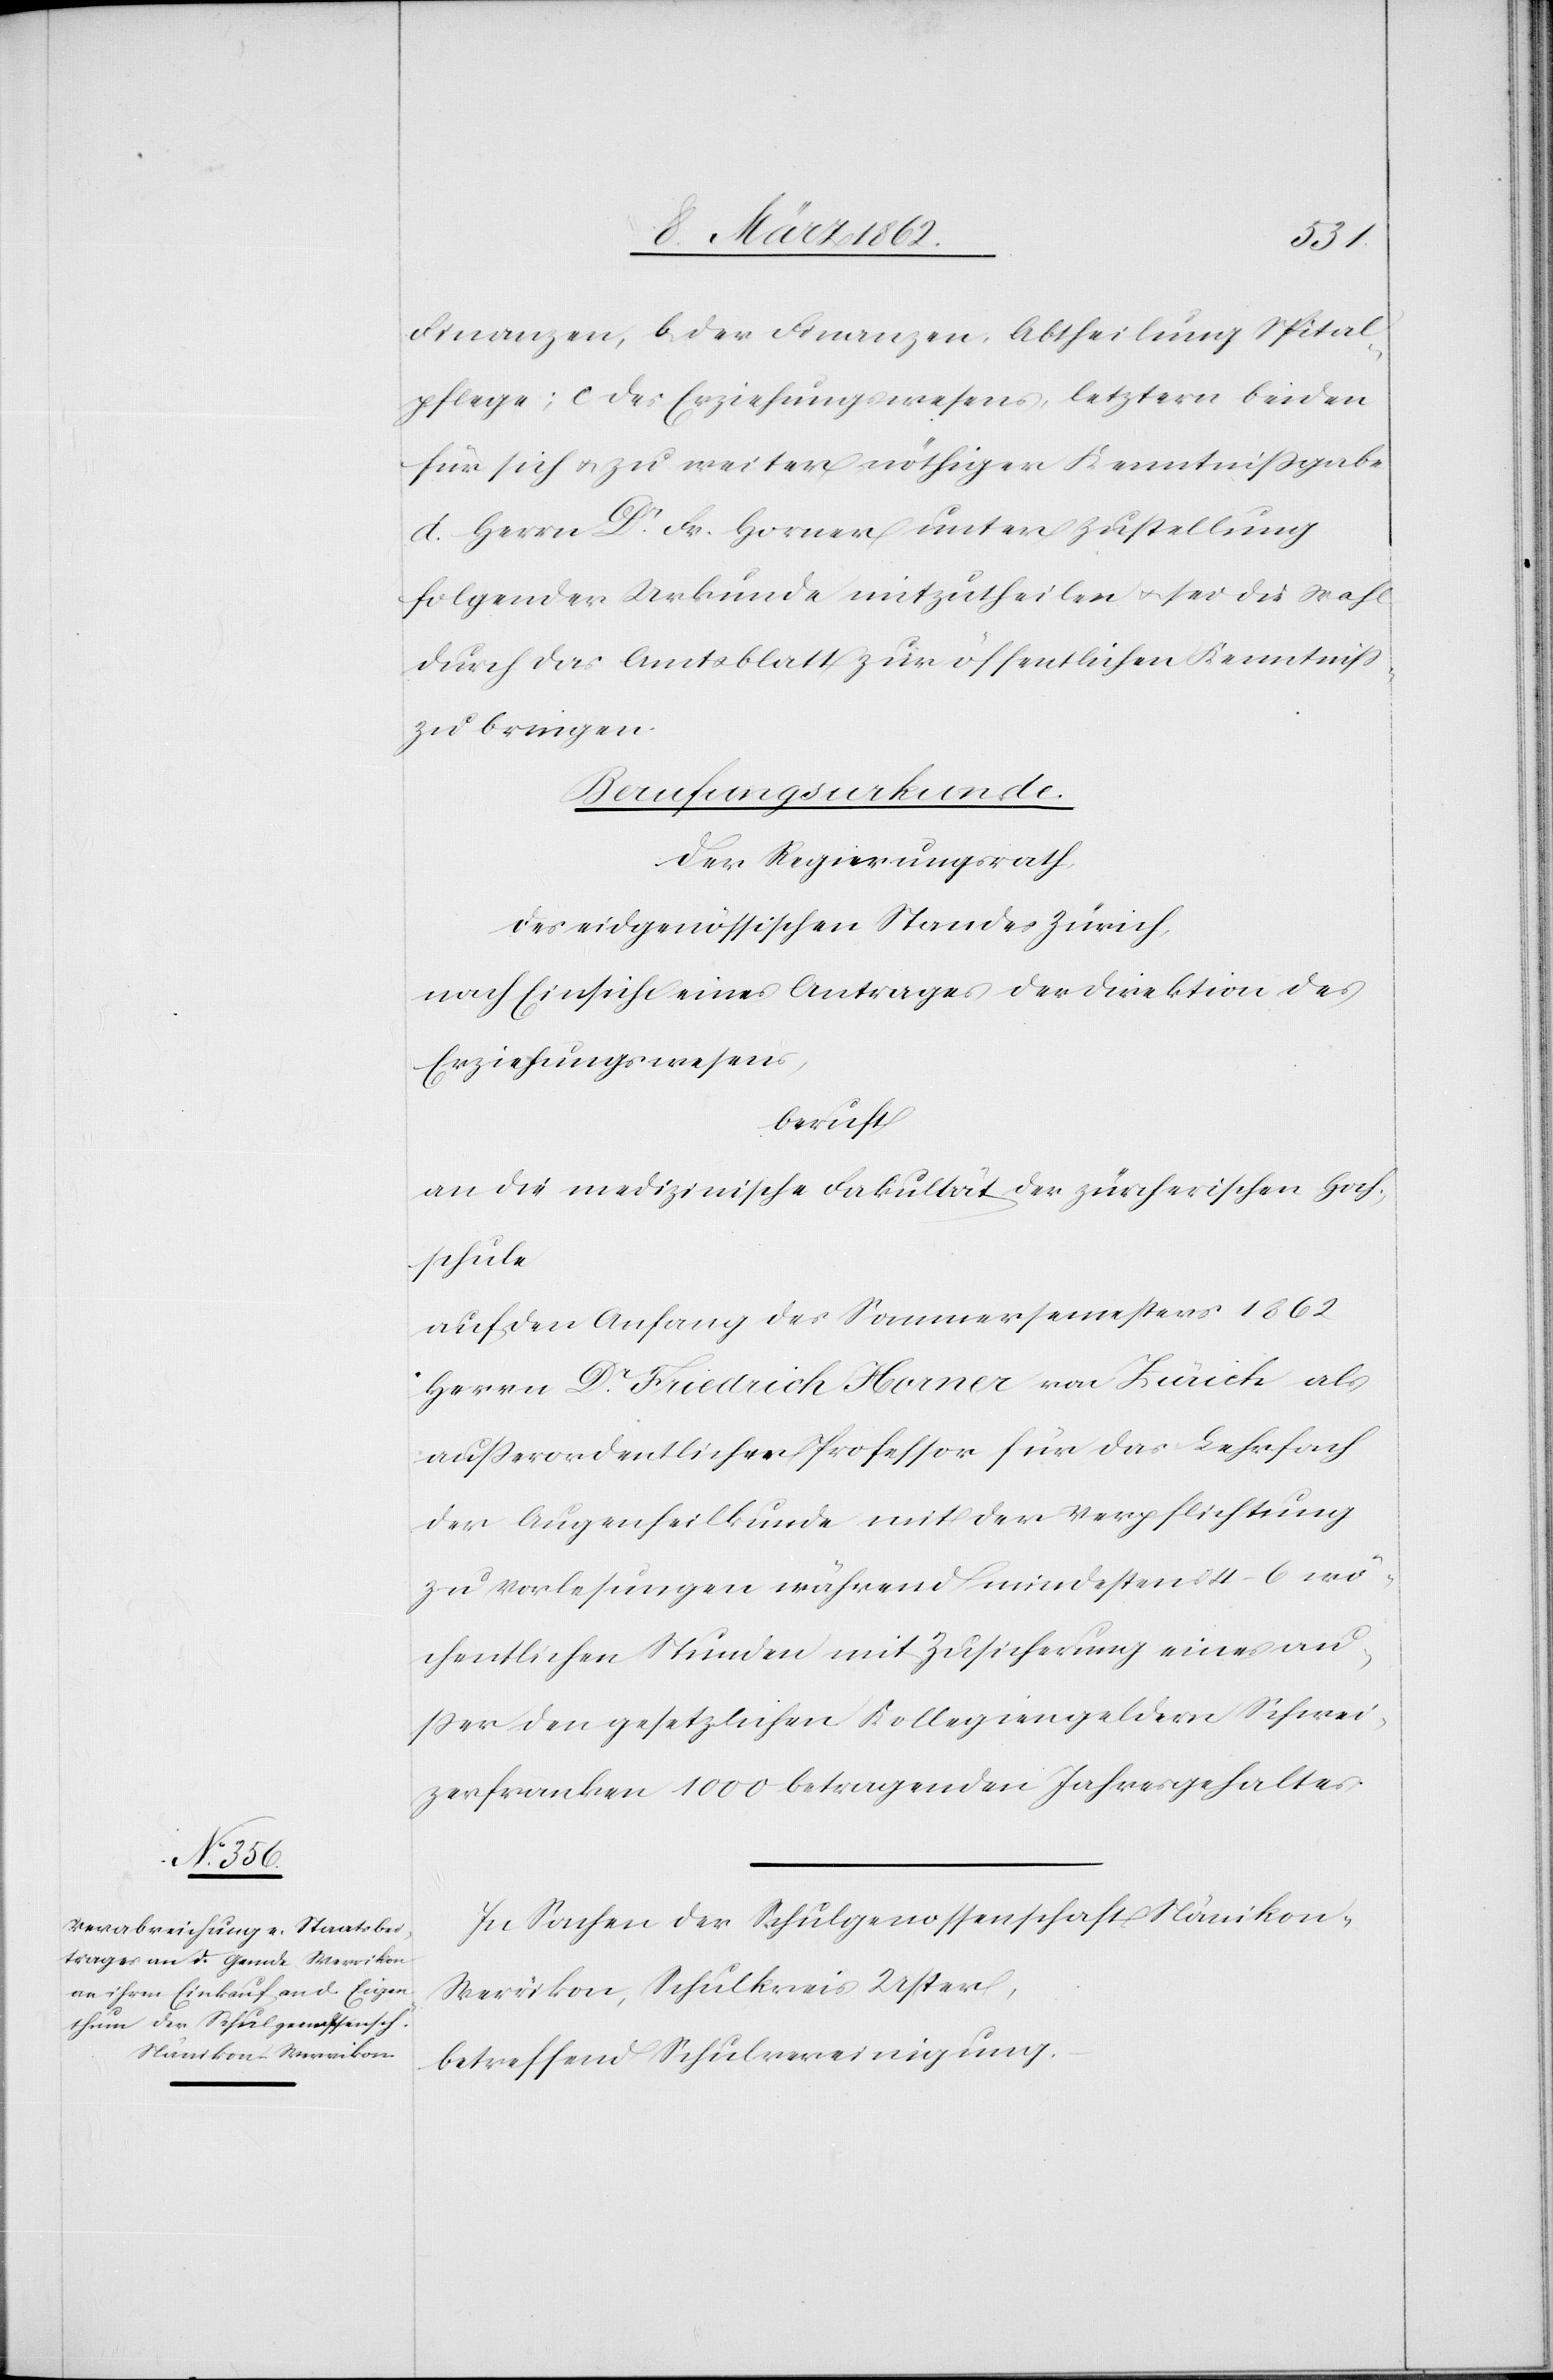
Finanzen, b) der Finanzen, Abtheilung Spital¬
pflege; c) des Erziehungswesens, letztern beiden
für sich u. zu weiter nöthiger Kenntnißgabe
d) Herrn Dr. Fr. Horner unter Zustellung
folgender Urkunde mitzutheilen u. sei die Wahl
durch das Amtsblatt zur öffentlichen Kenntniß
zu bringen.
Berufungsurkunde.
Der Regierungsrath
des eidgenössischen Standes Zürich,
nach Einsicht eines Antrages der Direktion des
Erziehungswesens,
beruft
an die medizinische Fakultät der zürcherischen Hoch¬
schule
auf den Anfang des Sommersemesters 1862
Herrn Dr. Friedrich Horner von Zürich als
außerordentlichen Professor für das Lehrfach
der Augenheilkunde mit der Verpflichtung
zu Vorlesungen während mindestens 4–6 wö¬
chentlichen Stunden mit Zusicherung eines au¬
ßer den gesetzlichen Kollegiengeldern Schwei¬
zerfranken 1000 betragenden Jahresgehaltes.
In Sachen der Schulgenossenschaft Nänikon-W¬
errikon, Schulkreis Uster,
betreffend Schulvereinigung.